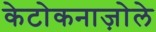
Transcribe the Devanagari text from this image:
केटोकनाज़ोले